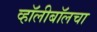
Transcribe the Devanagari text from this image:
व्हॉलीबॉलचा